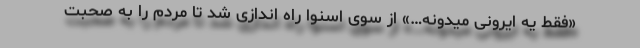
«فقط یه ایرونی میدونه…» از سوی اسنوا راه اندازی شد تا مردم را به صحبت